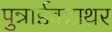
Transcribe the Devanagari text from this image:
पुन्नाईवन्नाथर